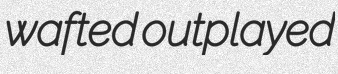
wafted outplayed